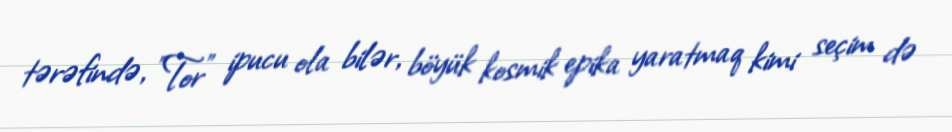
tərəfində, "Tor" ipucu ola bilər, böyük kosmik epika yaratmaq kimi seçim də